King Institute of Preventive Medicine Micro-Biological Section reports 1912-19
Year: 1912
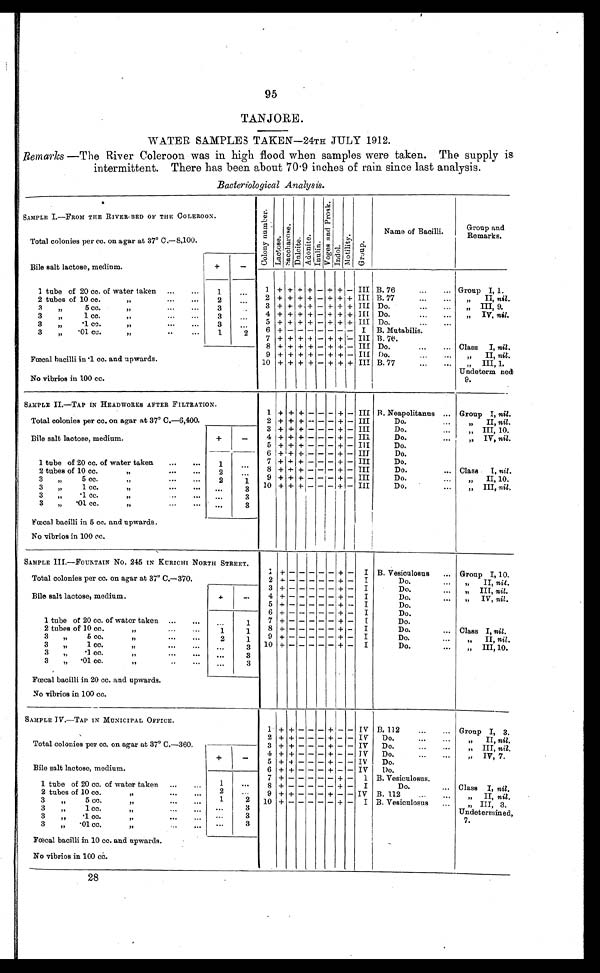
95
TANJORE.
WATER SAMPLES TAKEN—24TH JULY 1912.
Remarks —The River Coleroon was in high flood when samples were taken. The supply is.
intermittent. There has been about 70.9 inches of rain since last analysis.
Bacteriological Analysis.
SAMPLE I.—FROM THE RIVER BED OF THE COLEROON.
Total colonies per cc. on agar at 37° C.—8,100
C o l o n y n u m b e r .
La c t o s e .
S a c c h a r o s e .
Dul ci t e.
Ad o n i t e .
I n u l i n .
V o g e s a n d P r o s k .
I n d o l .
M o t i l i t y . Gr oup.
Name of Bacilli. Group and
Remarks.
Bile salt lactose, medium.
+
-
1 tube of 20 cc. of water taken ...
...
1
...
2 tubes of 10 cc.
"
...
...
2 ...
2 + + + + - + + - III B. 77
" II, nil.
3 " 5 cc.
"
...
...
3
...
3 + + + + - + +
- III Do.
" III, 9.
3 " 1. cc."...
... 3 ...
4 + + + + - + + + III Do.
" IV, nil.
3 " .1 cc.
"
...
... 3 ....
5 + + + + - + + + III Do.
3 " .01 cc.
" . . . . . . 1
2 6 + + + + - + ++ I B. Mutabilis.
Fœcal bacilli in .1 cc. and upwards.
No vibrios in 100 cc.
7 + + + + - + + + III B. 76..
8 + + + + - + + - III Do.
...
... Class I, nil.
9 + + + + - + + - III Do.
" II, nil.
10 + + + + - + + + III B. 77
...
... " III, 1.
U ndeterm ned
9.
SAMPLE II.—TAP IN HEADWORKS AFTER FILTRATION.
Total colonies per cc. on agar at 37º C.—6,400.
1 + + + - - - + - III B. Neapolitanus ... Group I, nil.
2 + + + - - - + - III
Do.
...
" II, nil.
Bile salt lactose, medium.
+
-
3 + + + - - - + - III
Do.... " III, 10.
4 + + + - - - + - III
Do.
... " IV, nil.
5 + + + - - - + - III
Do.
6 + + + - - - + - III
Do.
1 tube of 20 cc. of water taken ...
... 1 ...
7 + + + - - - + - III
Do.
2 tubes of 10 cc. "...
...
2 ...
8 + + + - - - + - III
Do.
... Class I, nil.
3 " 5 cc.
...
2
... 9 + + + - - - + - III
Do.
" II, 10.
3 "
1 cc.
" ... ...
...
3 10 + + + - - - + - III
Do.
... " III, nil.
3 "
.1 ce. " ... ...
3
3 " .01 cc. " ... ...
...
3
Fœcal bacilli in 5 cc. and upwards.
No vibrios in 100 cc.
SAMPLE III.—FOUNTAIN No. 245 IN KURICHI NORTH STREET.
Total colonies per cc. on agar at 37° C.—370.
1
+ -
- - - -
+ - I B. Vesiculosus ... Group I, 10.
2 + - - - - - + - I
Do.
... " II, nil.
Bile salt lactose, medium.
+
-
3+ - - - - - + - I
Do.
... " III, nil.
4 + - - - - - + - I
Do.
... " IV, nil.
5 + - - - - - + - I
Do.
6 + - - - - - + - I
Do.
1 tube of 20 cc. of water taken ... ... ...
1 7 +- - - - - + - I
Do.
2 tubes of 10 cc. "...
...
1
1
8 + - - - - - + - I
Do.
... Class I, nil.
3 " 5 cc. "..
...
2
1 9 + - - - - - + - I
Do.
" II, nil.
II
3 " 1 cc. ... ...
...
3 10 + - - - - - + - I
Do.
... " III, 10.
3 "
.1 cc. " ... ...
...
3
3 " .01 cc. " .. ...
...
3
Fœcal bacilli in 20 cc. and upwards.
No vibrios in 100 cc.
SAMPLE IV.—TAP IN MUNICIPAL OFFICE.
Total colonies per cc, on agar at 37° C.—360.
1
+ + - - - +
- - IV B.112
...
... Group I, 3.
2 + + - - - + - - IV Do. ...
... " II, nil.
3 + + - - - + - - IV Do.
..
" III, nil.
Bile salt lactose, medium.
+
-
4 + + - - - + - - IV Do.
...
... " IV,, 7.
5 + + - - - + - - IV Do.
6 + + - - - + - - IV Do.
7 + - - - - - + - I B. Vesiculosus.
1 tube of 20 cc. of water taken ...
1 ...
8 + - - - - - + - I
Do.
... Class I, nil.
2 tubes of 10 cc.
"
...
... 2
. . .
9 + + - - - + - - IV B. 112
...
...
" II, nil
3 " 5 cc.
"
...
... 1
2 10
+
-
- - - -
+ - I B. Vesiculosus ... " III, 3.
Undetermined,
7.
3 "
1 cc.
"
...
... ...
3
3 " .1 cc....
... ... 3
3 " .01 cc." ...
...
3
Fœcal bacilli in 10 cc. and upwards.
No vibrios in 100 cc.
28